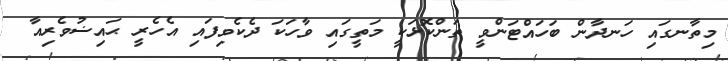
މިތާނގައި ހަނދާން ބަހައްޓަންވީ ތަންކޮޅަކީ މަތީގައި ވާހަކަ ދެކެވިފައި އެހެރީ ޙައިޟުވެރިއާ